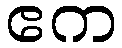
ဧက